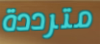
مترددة